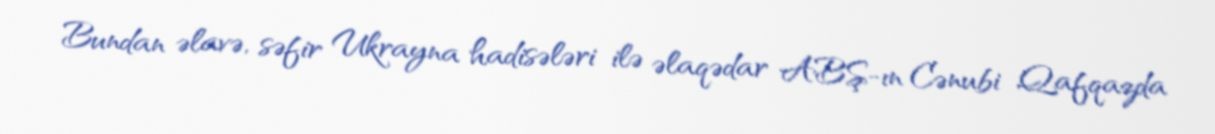
Bundan əlavə, səfir Ukrayna hadisələri ilə əlaqədar ABŞ-ın Cənubi Qafqazda